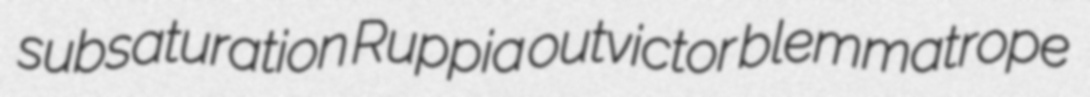
subsaturation Ruppia outvictor blemmatrope